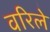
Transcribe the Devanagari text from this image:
वरिले